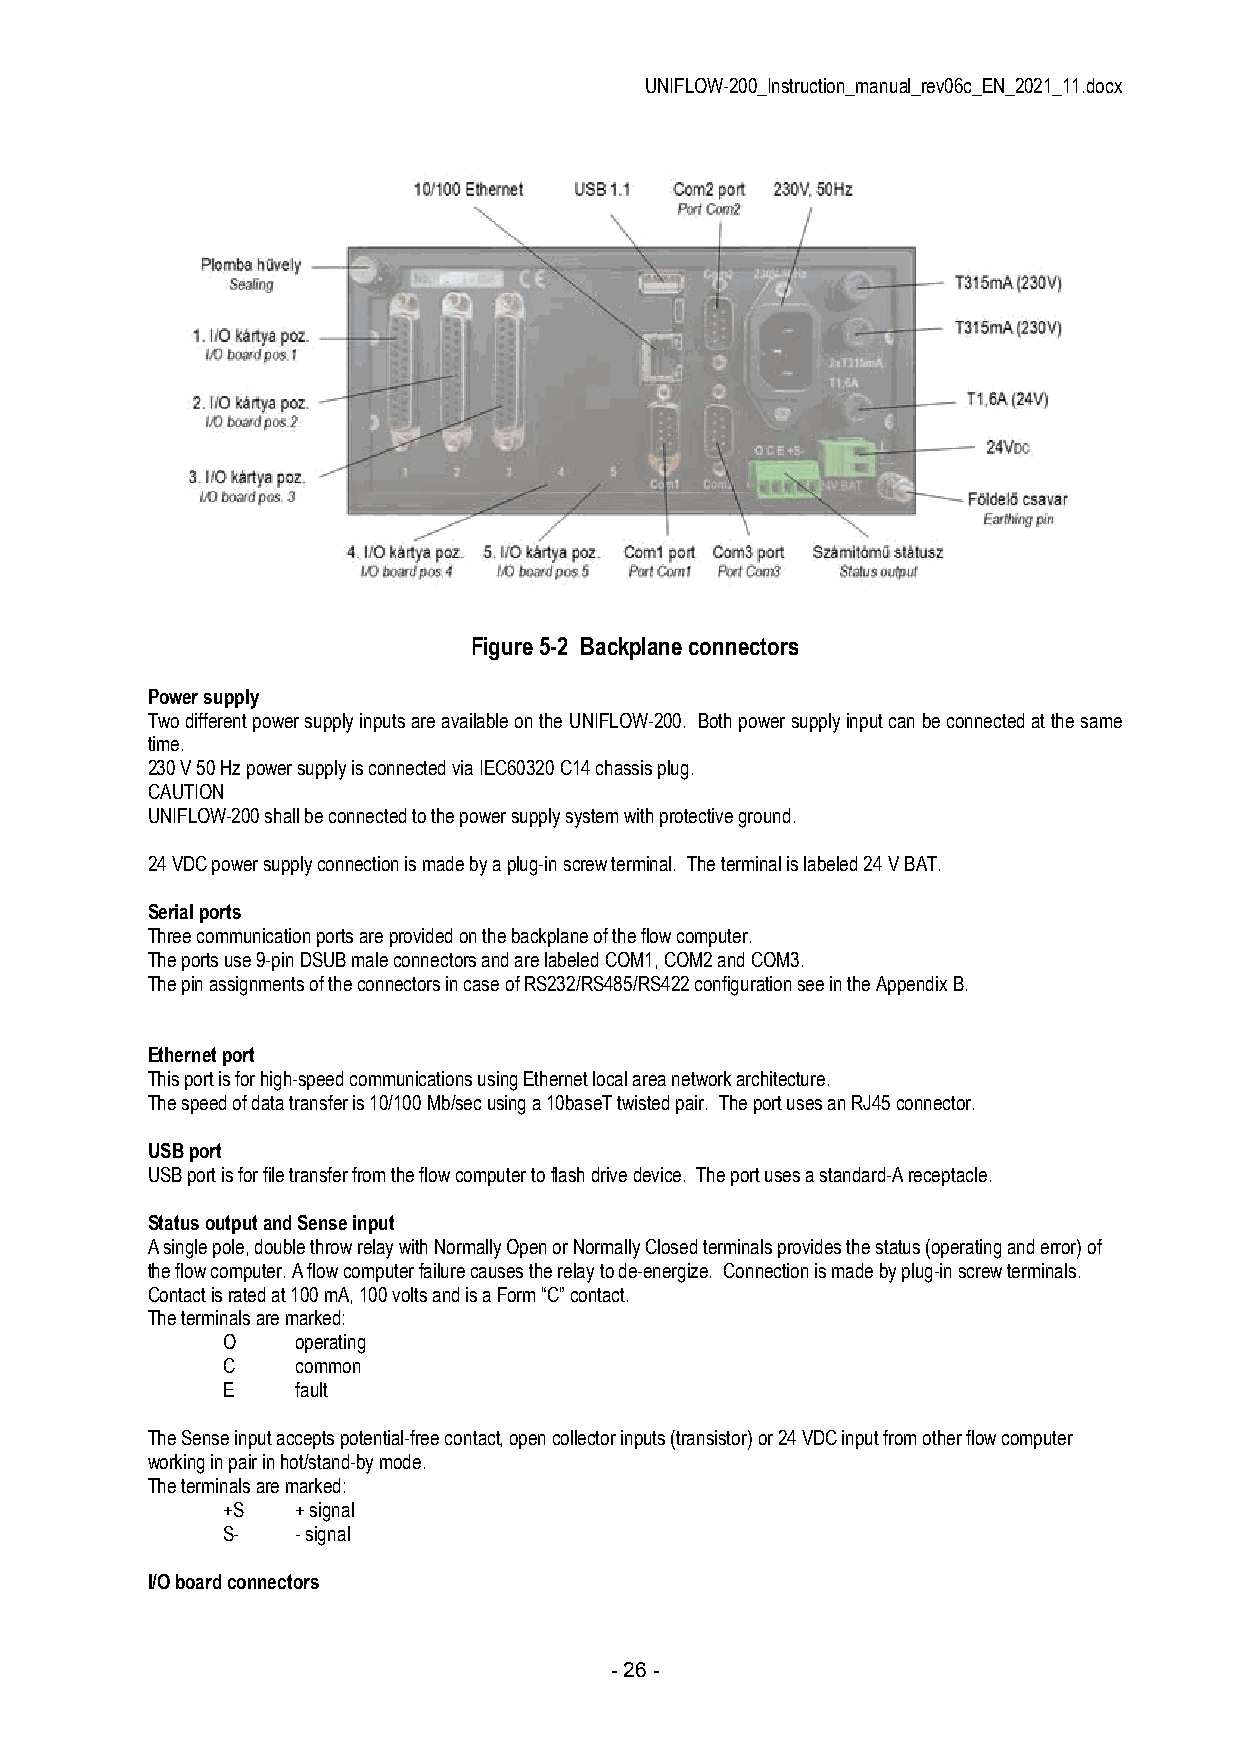
UNIFLOW-200_Instruction_manual_rev06c_EN_2021_11.docx
 Figure 5-2 Backplane connectors
 Power supply
 Two different power supply inputs are available on the UNIFLOW-200. Both power supply input can be connected at the same
 time.
 230 V 50 Hz power supply is connected via IEC60320 C14 chassis plug.
 CAUTION
 UNIFLOW-200 shall be connected to the power supply system with protective ground.
 24 VDC power supply connection is made by a plug-in screw terminal. The terminal is labeled 24 V BAT.
 Serial ports
 Three communication ports are provided on the backplane of the flow computer.
 The ports use 9-pin DSUB male connectors and are labeled COM1, COM2 and COM3.
 The pin assignments of the connectors in case of RS232/RS485/RS422 configuration see in the Appendix B.
 Ethernet port
 This port is for high-speed communications using Ethernet local area network architecture.
 The speed of data transfer is 10/100 Mb/sec using a 10baseT twisted pair. The port uses an RJ45 connector.
 USB port
 USB port is for file transfer from the flow computer to flash drive device. The port uses a standard-A receptacle.
 Status output and Sense input
 A single pole, double throw relay with Normally Open or Normally Closed terminals provides the status (operating and error) of
 the flow computer. A flow computer failure causes the relay to de-energize. Connection is made by plug-in screw terminals.
 Contact is rated at 100 mA, 100 volts and is a Form “C” contact.
 The terminals are marked:
 O    operating
 C    common
 E    fault
 The Sense input accepts potential-free contact, open collector inputs (transistor) or 24 VDC input from other flow computer
 working in pair in hot/stand-by mode.
 The terminals are marked:
 +S   + signal
 S-   - signal
 I/O board connectors
 - 26 -